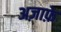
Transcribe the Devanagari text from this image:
अज़ाफ़े